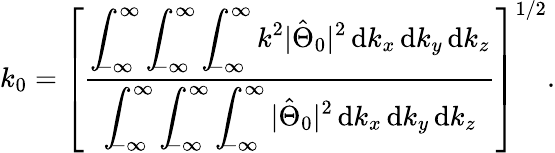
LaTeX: k_{0}=\left[\frac{\displaystyle\int_{\! \! -\infty}^{\infty}\displaystyle\int_{\! \! -\infty}^{\infty}\displaystyle\int_{\! \! -\infty}^{\infty}k^{2}|\hat{\Theta}_{0}|^{2}\, \mathrm{d}k_{x}\, \mathrm{d}k_{y}\, \mathrm{d}k_{z}}{\displaystyle\int_{\! \! -\infty}^{\infty}\displaystyle\int_{\! \! -\infty}^{\infty}\displaystyle\int_{\! \! -\infty}^{\infty}|\hat{\Theta}_{0}|^{2}\, \mathrm{d}k_{x}\, \mathrm{d}k_{y}\, \mathrm{d}k_{z}}\right]^{1/2}.